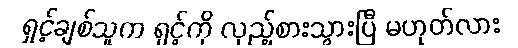
ရှင့်ချစ်သူက ရှင့်ကို လှည့်စားသွားပြီ မဟုတ်လား